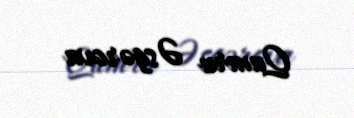
Qumru Əsgərova